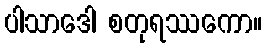
ပါသာဒေါ စတုရဿကော။